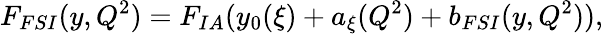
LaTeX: F_{FSI}(y,Q^{2})=F_{IA}(y_{0}(\xi)+a_{\xi}(Q^{2})+b_{FSI}(y,Q^{2})),